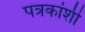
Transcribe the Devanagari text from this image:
पत्रकांशी